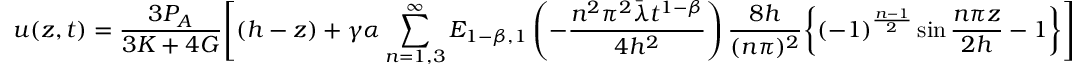
u ( z , t ) = \frac { 3 P _ { A } } { 3 K + 4 G } \Bigg [ ( h - z ) + \gamma \alpha \sum _ { n = 1 , 3 } ^ { \infty } E _ { 1 - \beta , 1 } \left( - { \frac { n ^ { 2 } \pi ^ { 2 } \bar { \lambda } t ^ { 1 - \beta } } { 4 h ^ { 2 } } } \right) \frac { 8 h } { ( n \pi ) ^ { 2 } } \bigg \{ ( - 1 ) ^ { \frac { n - 1 } { 2 } } \sin \frac { n \pi z } { 2 h } - 1 \bigg \} \Bigg ]